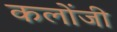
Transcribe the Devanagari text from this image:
कलोंजी